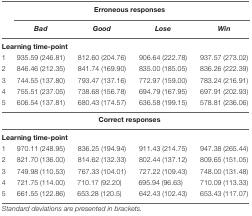
<table><thead><tr><td></td><td colspan="4"><b>Erroneous responses</b></td></tr><tr><td></td><td><b><i>Bad</i></b></td><td><b><i>Good</i></b></td><td><b><i>Lose</i></b></td><td><b><i>Win</i></b></td></tr></thead><tbody><tr><td colspan="5"><b>Learning time-point</b></td></tr><tr><td>1</td><td>935.59 (246.81)</td><td>812.60 (204.76)</td><td>906.64 (222.78)</td><td>937.57 (273.02)</td></tr><tr><td>2</td><td>846.46 (212.35)</td><td>841.74 (169.90)</td><td>835.00 (185.05)</td><td>836.26 (222.39)</td></tr><tr><td>3</td><td>744.55 (137.80)</td><td>793.47 (137.16)</td><td>772.97 (159.00)</td><td>783.24 (216.91)</td></tr><tr><td>4</td><td>755.51 (237.05)</td><td>738.68 (156.78)</td><td>694.79 (167.95)</td><td>697.91 (202.93)</td></tr><tr><td>5</td><td>606.54 (137.81)</td><td>680.43 (174.57)</td><td>636.58 (199.15)</td><td>578.81 (236.06)</td></tr><tr><td></td><td colspan="4"><b>Correct responses</b></td></tr><tr><td colspan="5"><b>Learning time-point</b></td></tr><tr><td>1</td><td>970.11 (248.95)</td><td>836.25 (194.94)</td><td>911.43 (214.75)</td><td>947.38 (265.44)</td></tr><tr><td>2</td><td>821.70 (136.00)</td><td>814.62 (132.33)</td><td>802.44 (137.12)</td><td>809.65 (151.05)</td></tr><tr><td>3</td><td>749.98 (110.53)</td><td>767.33 (104.01)</td><td>727.22 (109.43)</td><td>748.00 (131.48)</td></tr><tr><td>4</td><td>721.75 (114.00)</td><td>710.17 (92.20)</td><td>695.94 (96.63)</td><td>710.09 (113.33)</td></tr><tr><td>5</td><td>661.55 (122.86)</td><td>653.28 (120.5)</td><td>642.43 (102.43)</td><td>653.43 (117.07)</td></tr></tbody></table>